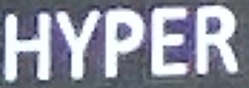
HYPER